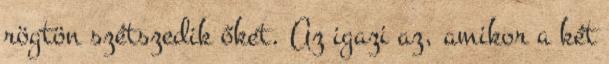
rögtön szétszedik őket. Az igazi az, amikor a két